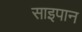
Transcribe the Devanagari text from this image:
साइपान